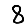
Digit: 8